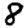
Digit: 8